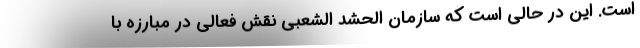
است. این در حالی است که سازمان الحشد الشعبی نقش فعالی در مبارزه با